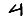
Digit: 4